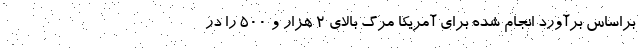
براساس برآورد انجام شده برای آمریکا مرگ بالای ۲ هزار و ۵۰۰ را در